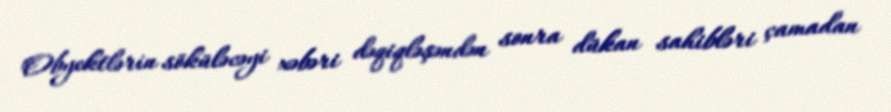
Obyektlərin söküləcəyi xəbəri dəqiqləşəndən sonra dükan sahibləri çamadan